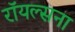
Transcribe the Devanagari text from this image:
रॉयल्सना